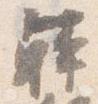
韓